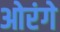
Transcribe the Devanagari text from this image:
ओरंगे